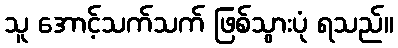
သူ အောင့်သက်သက် ဖြစ်သွားပုံ ရသည်။